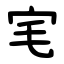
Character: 宒